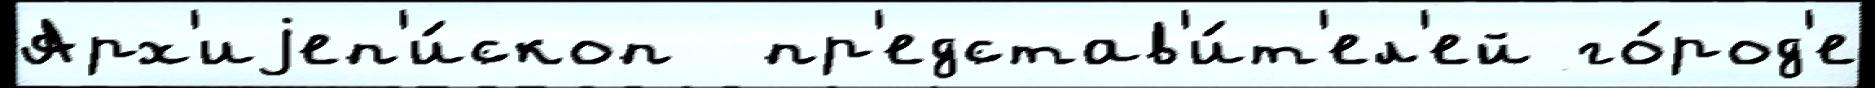
Арх'иjеп'и́скоп  пр'едстав'и́т'ел'ей го́род'е